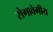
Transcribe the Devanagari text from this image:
रोगावेगीय